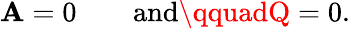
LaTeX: \mathbf{A}=0\qquad\mathrm{{and}}\qquadQ=0.